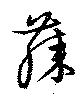
膝